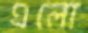
এলো